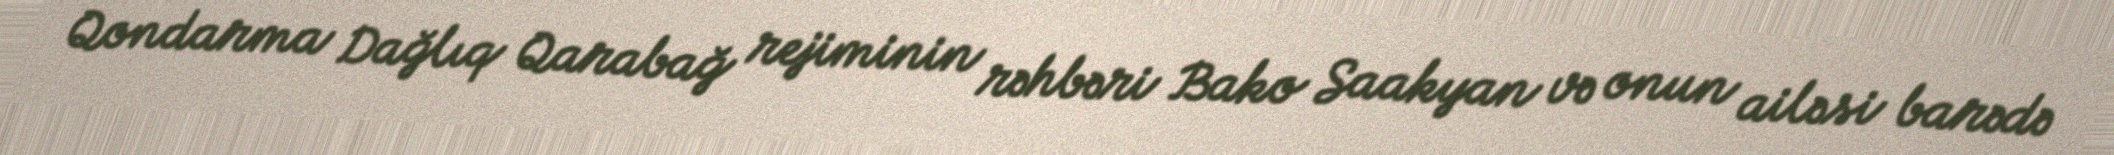
Qondarma Dağlıq Qarabağ rejiminin rəhbəri Bako Saakyan və onun ailəsi barədə